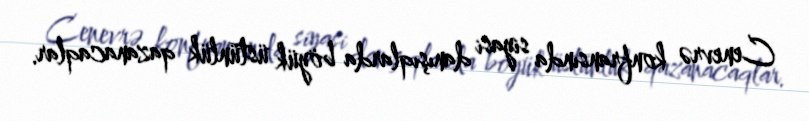
Cenevrə konfransında siyasi danışıqlarda böyük üstünlük qazanacaqlar.